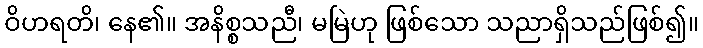
ဝိဟရတိ၊ နေ၏။ အနိစ္စသညီ၊ မမြဲဟု ဖြစ်သော သညာရှိသည်ဖြစ်၍။